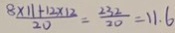
\frac { 8 \times 1 1 + 1 2 \times 1 2 } { 2 0 } = \frac { 2 3 2 } { 2 0 } = 1 1 . 6